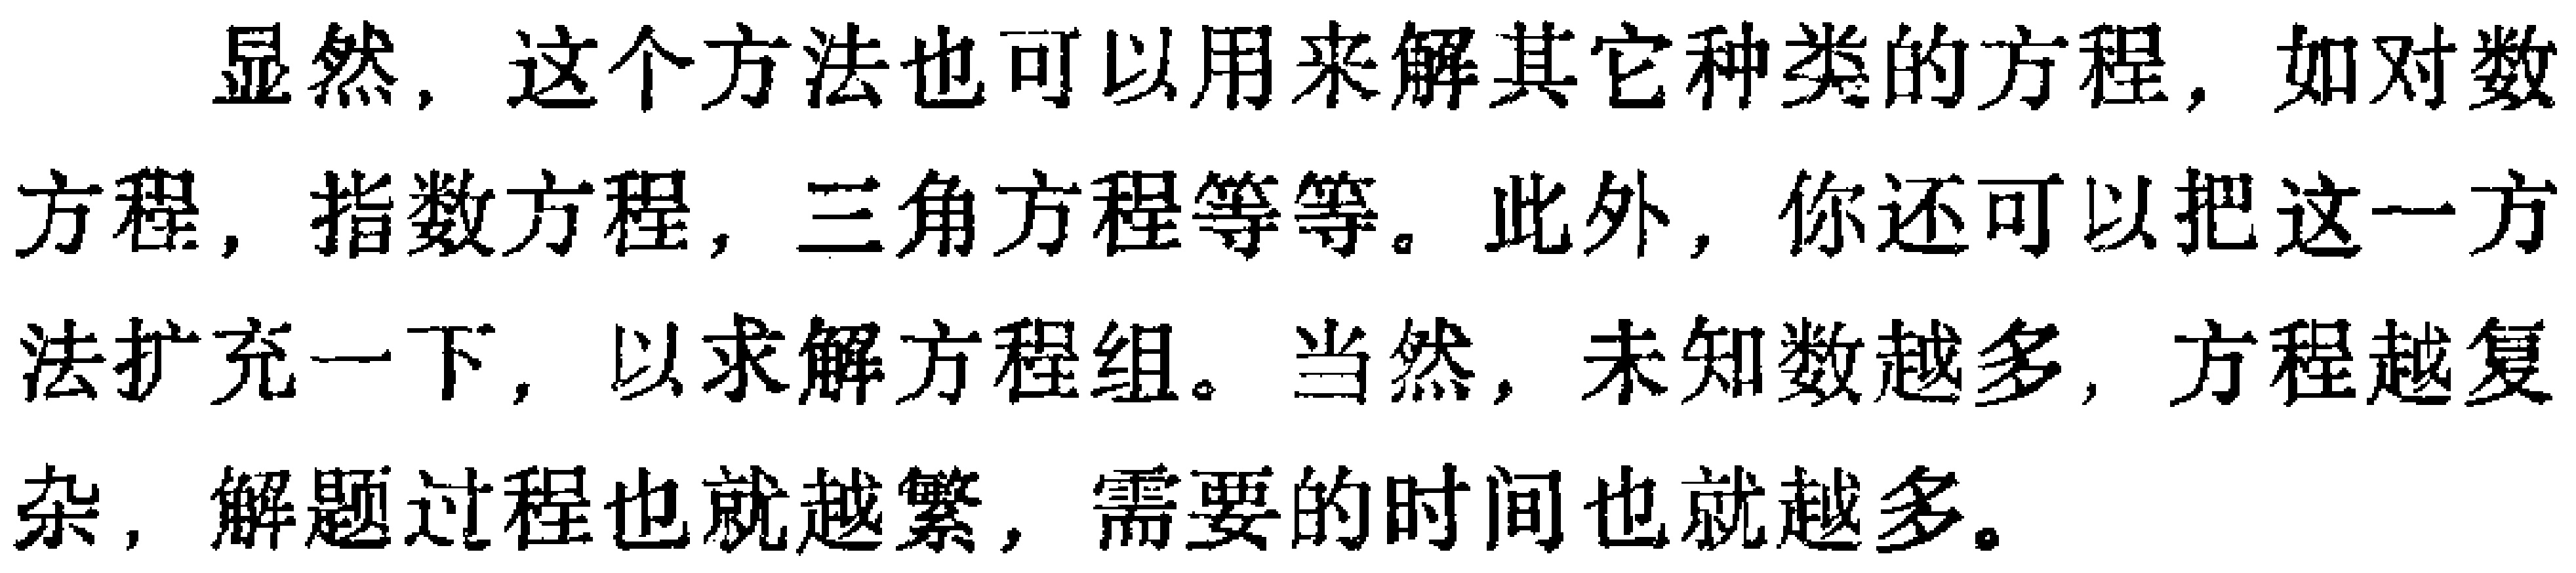
显然，这个方法也可以用来解其它种类的方程，如对数方程，指数方程，三角方程等等。此外，你还可以把这一方法扩充一下，以求解方程组。当然，未知数越多，方程越复杂，解题过程也就越繁，需要的时间也就越多。